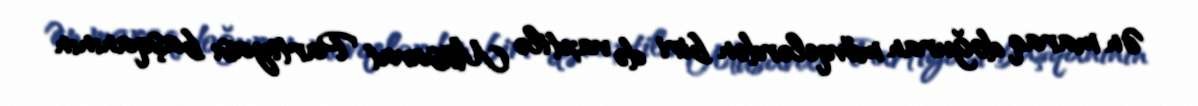
Ən maraq doğuran mövqelərdən biri də vaxtilə Müsavat Partiyası başqanının